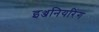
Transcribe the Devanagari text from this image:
इञ्जनियरिंग